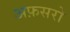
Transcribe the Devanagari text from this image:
अफ़सरो